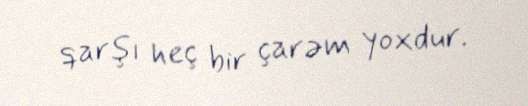
qarşı heç bir çarəm yoxdur.